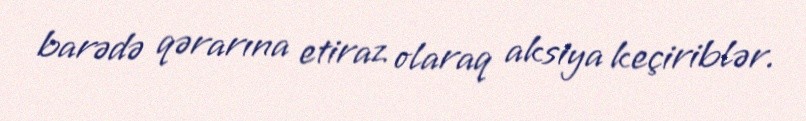
barədə qərarına etiraz olaraq aksiya keçiriblər.